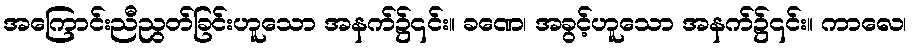
အကြောင်းညီညွတ်ခြင်းဟူသော အနက်၌၎င်း။ ခဏေ၊ အခွင့်ဟူသော အနက်၌၎င်း။ ကာလေ၊